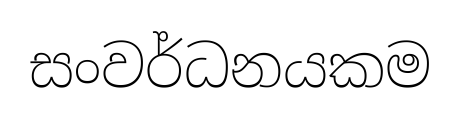
සංවර්ධනයකම